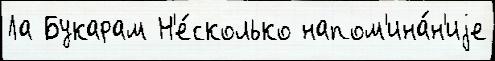
Ла Букарам Н'е́сколько напом'ина́н'иjе